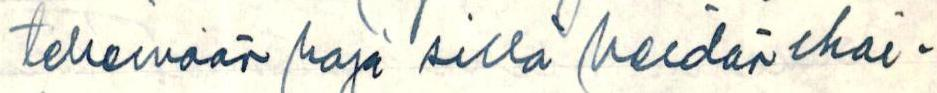
tekemään raja sillä heidän ihai-